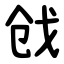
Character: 戗